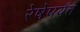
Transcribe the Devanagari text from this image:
रेषेपर्यंत